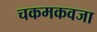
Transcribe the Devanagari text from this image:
चकमकवजा